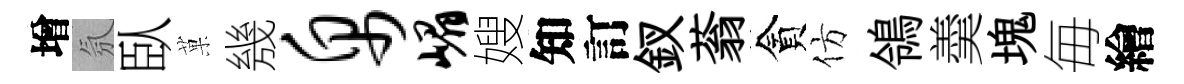
增氛臥菓㡬帛嵋嫂知訂釵蓊貪仿鴒羮塊毎繪